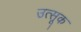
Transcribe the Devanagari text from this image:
उत्सूक